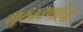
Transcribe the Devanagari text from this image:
मुखवर्णाचा